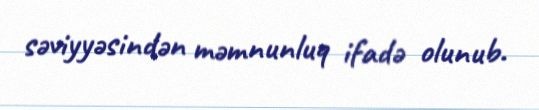
səviyyəsindən məmnunluq ifadə olunub.